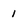
Character: 1